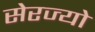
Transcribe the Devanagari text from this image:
सेरज्यो